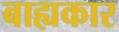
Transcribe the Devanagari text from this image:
बाह्यकार